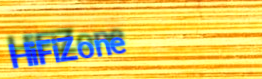
HiFiZone